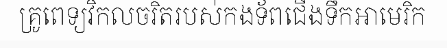
គ្រូពេទ្យវិកលចរិតរបស់កងទ័ពជើងទឹកអាមេរិក